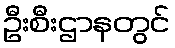
ဦးစီးဌာနတွင်